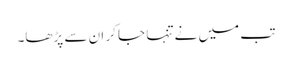
تب میں نے تنہا جا کر ان سے پڑھا۔